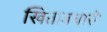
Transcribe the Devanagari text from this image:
खिताबधारी